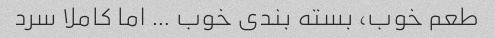
طعم خوب، بسته بندی خوب … اما کاملا سرد